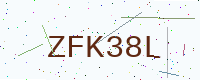
Text: ZFK38L